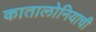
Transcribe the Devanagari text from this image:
कातालोनियाची